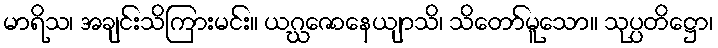
မာရိသ၊ အချင်းသိကြားမင်း။ ယဂ္ဃေဇာနေယျာသိ၊ သိတော်မူသော။ သုပ္ပတိဋ္ဌော၊